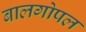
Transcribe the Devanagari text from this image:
बालगोपल